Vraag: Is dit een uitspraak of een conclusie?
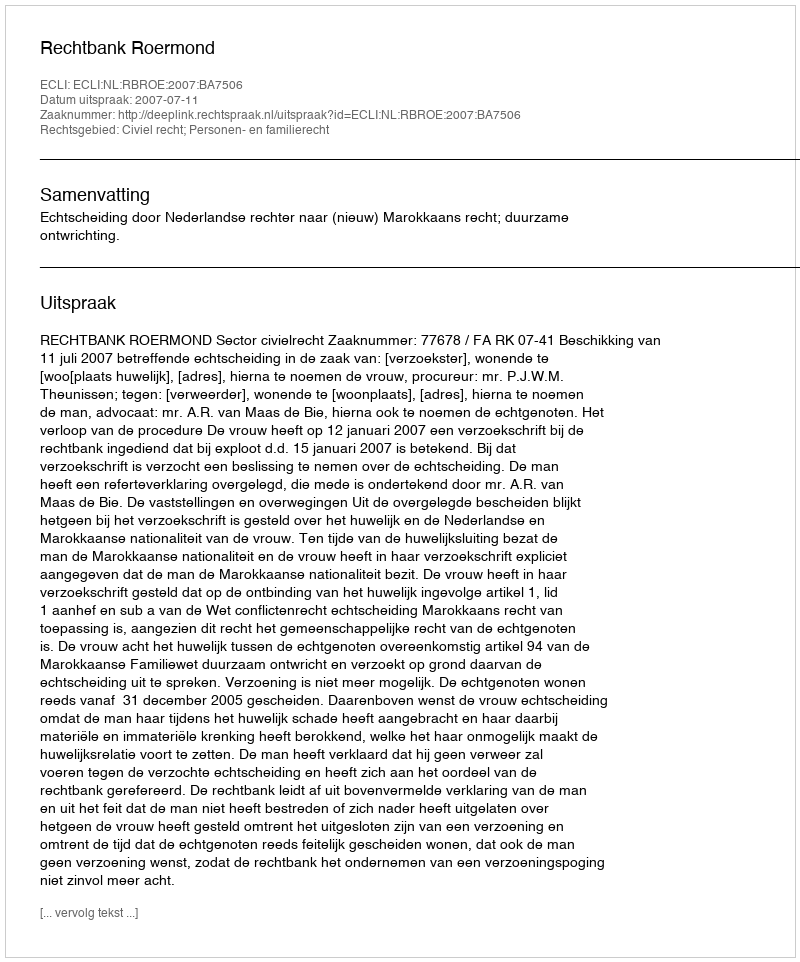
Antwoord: Uitspraak